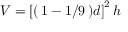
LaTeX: V = \left[ \right( 1 - 1 / 9 \left) d \right] ^ { 2 } h